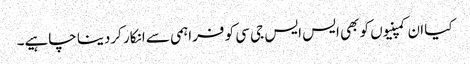
کیا ان کمپنیوں کو بھی ایس ایس جی سی کو فراہمی سے انکار کردینا چاہیے۔